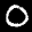
Label: 0